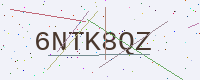
Text: 6NTK8QZ